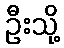
ဦးသို့